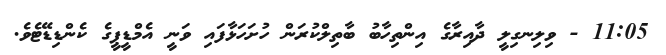
11:05 - ވިލިނގިލީ ދާއިރާގެ އިންތިހާބު ބާތިލްކުރަން ހުށަހަޅާފައި ވަނީ އެމްޑީޕީގެ ކެންޑިޑޭޓެވެ.